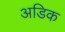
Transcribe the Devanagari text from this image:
अडिक